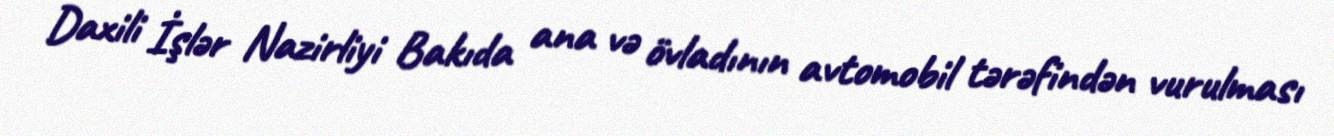
Daxili İşlər Nazirliyi Bakıda ana və övladının avtomobil tərəfindən vurulması